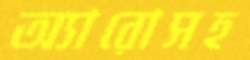
অ্যারোসহ